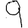
Digit: 9